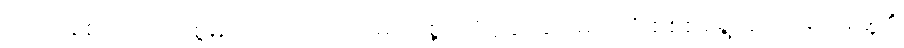
ကျော်ချစ်ကတော့ စွမ်းအားထက် ကျမ်းသစ္စာကျိန်ဆိုခြင်းများကို စိစစ်ရွေးချယ်ရေးအဖွဲ့၏